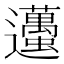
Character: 𨙚